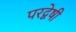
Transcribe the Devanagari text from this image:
परद्वेषी